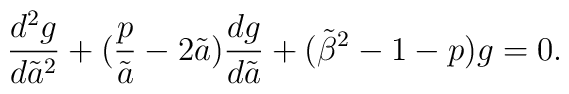
{d^2g\over d{\tilde a}^2} + ({p\over \tilde a} -2 \tilde a){dg\over d\tilde a}  +  ({\tilde \beta}^2 -1 -p )g = 0.